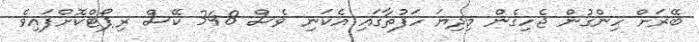
ބޭރަށް ހިންގުން ޖެހިގެން މިދިޔަ ހަފުތާގައި އެކަނި ވެސް 348 ކޭސް ރިޕޯޓްކޮށްފައިވެ